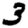
Digit: 3